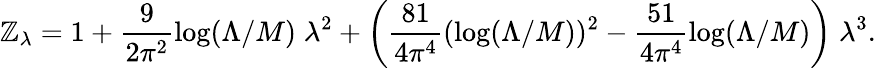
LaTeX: \mathbb{Z}_{\lambda}=1+\frac{{9}}{{2\pi^{2}}}\log(\Lambda/M)\; \lambda^{2}+\left(\frac{{81}}{{4\pi^{4}}}(\log(\Lambda/M))^{2}-\frac{{51}}{{4\pi^{4}}}\log(\Lambda/M)\right)\; \lambda^{3}.